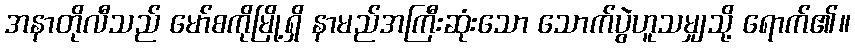
အနာတိုလီသည် မော်စကိုမြို့ရှိ နာမည်အကြီးဆုံးသော သောက်ပွဲဟူသမျှသို့ ရောက်၏။